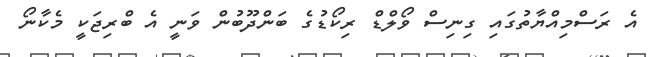
އެ ރަސްމިއްޔާތުގައި ގިނިސް ވޯލްޑް ރިކޯޑުގެ ބަންދޫބުން ވަނީ އެ ބްރިޖަކީ މެކާނޯ